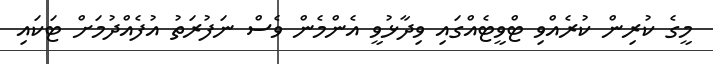
މީގެ ކުރިން ކުރެއްވި ޓްވީޓެއްގައި ވިދާޅުވީ އެންމެން ވެސް ނަފުރަތު އުފެއްދުމަށް ޓަކައި